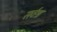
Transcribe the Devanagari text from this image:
सर्वश्र